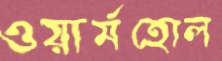
ওয়ার্মহোল